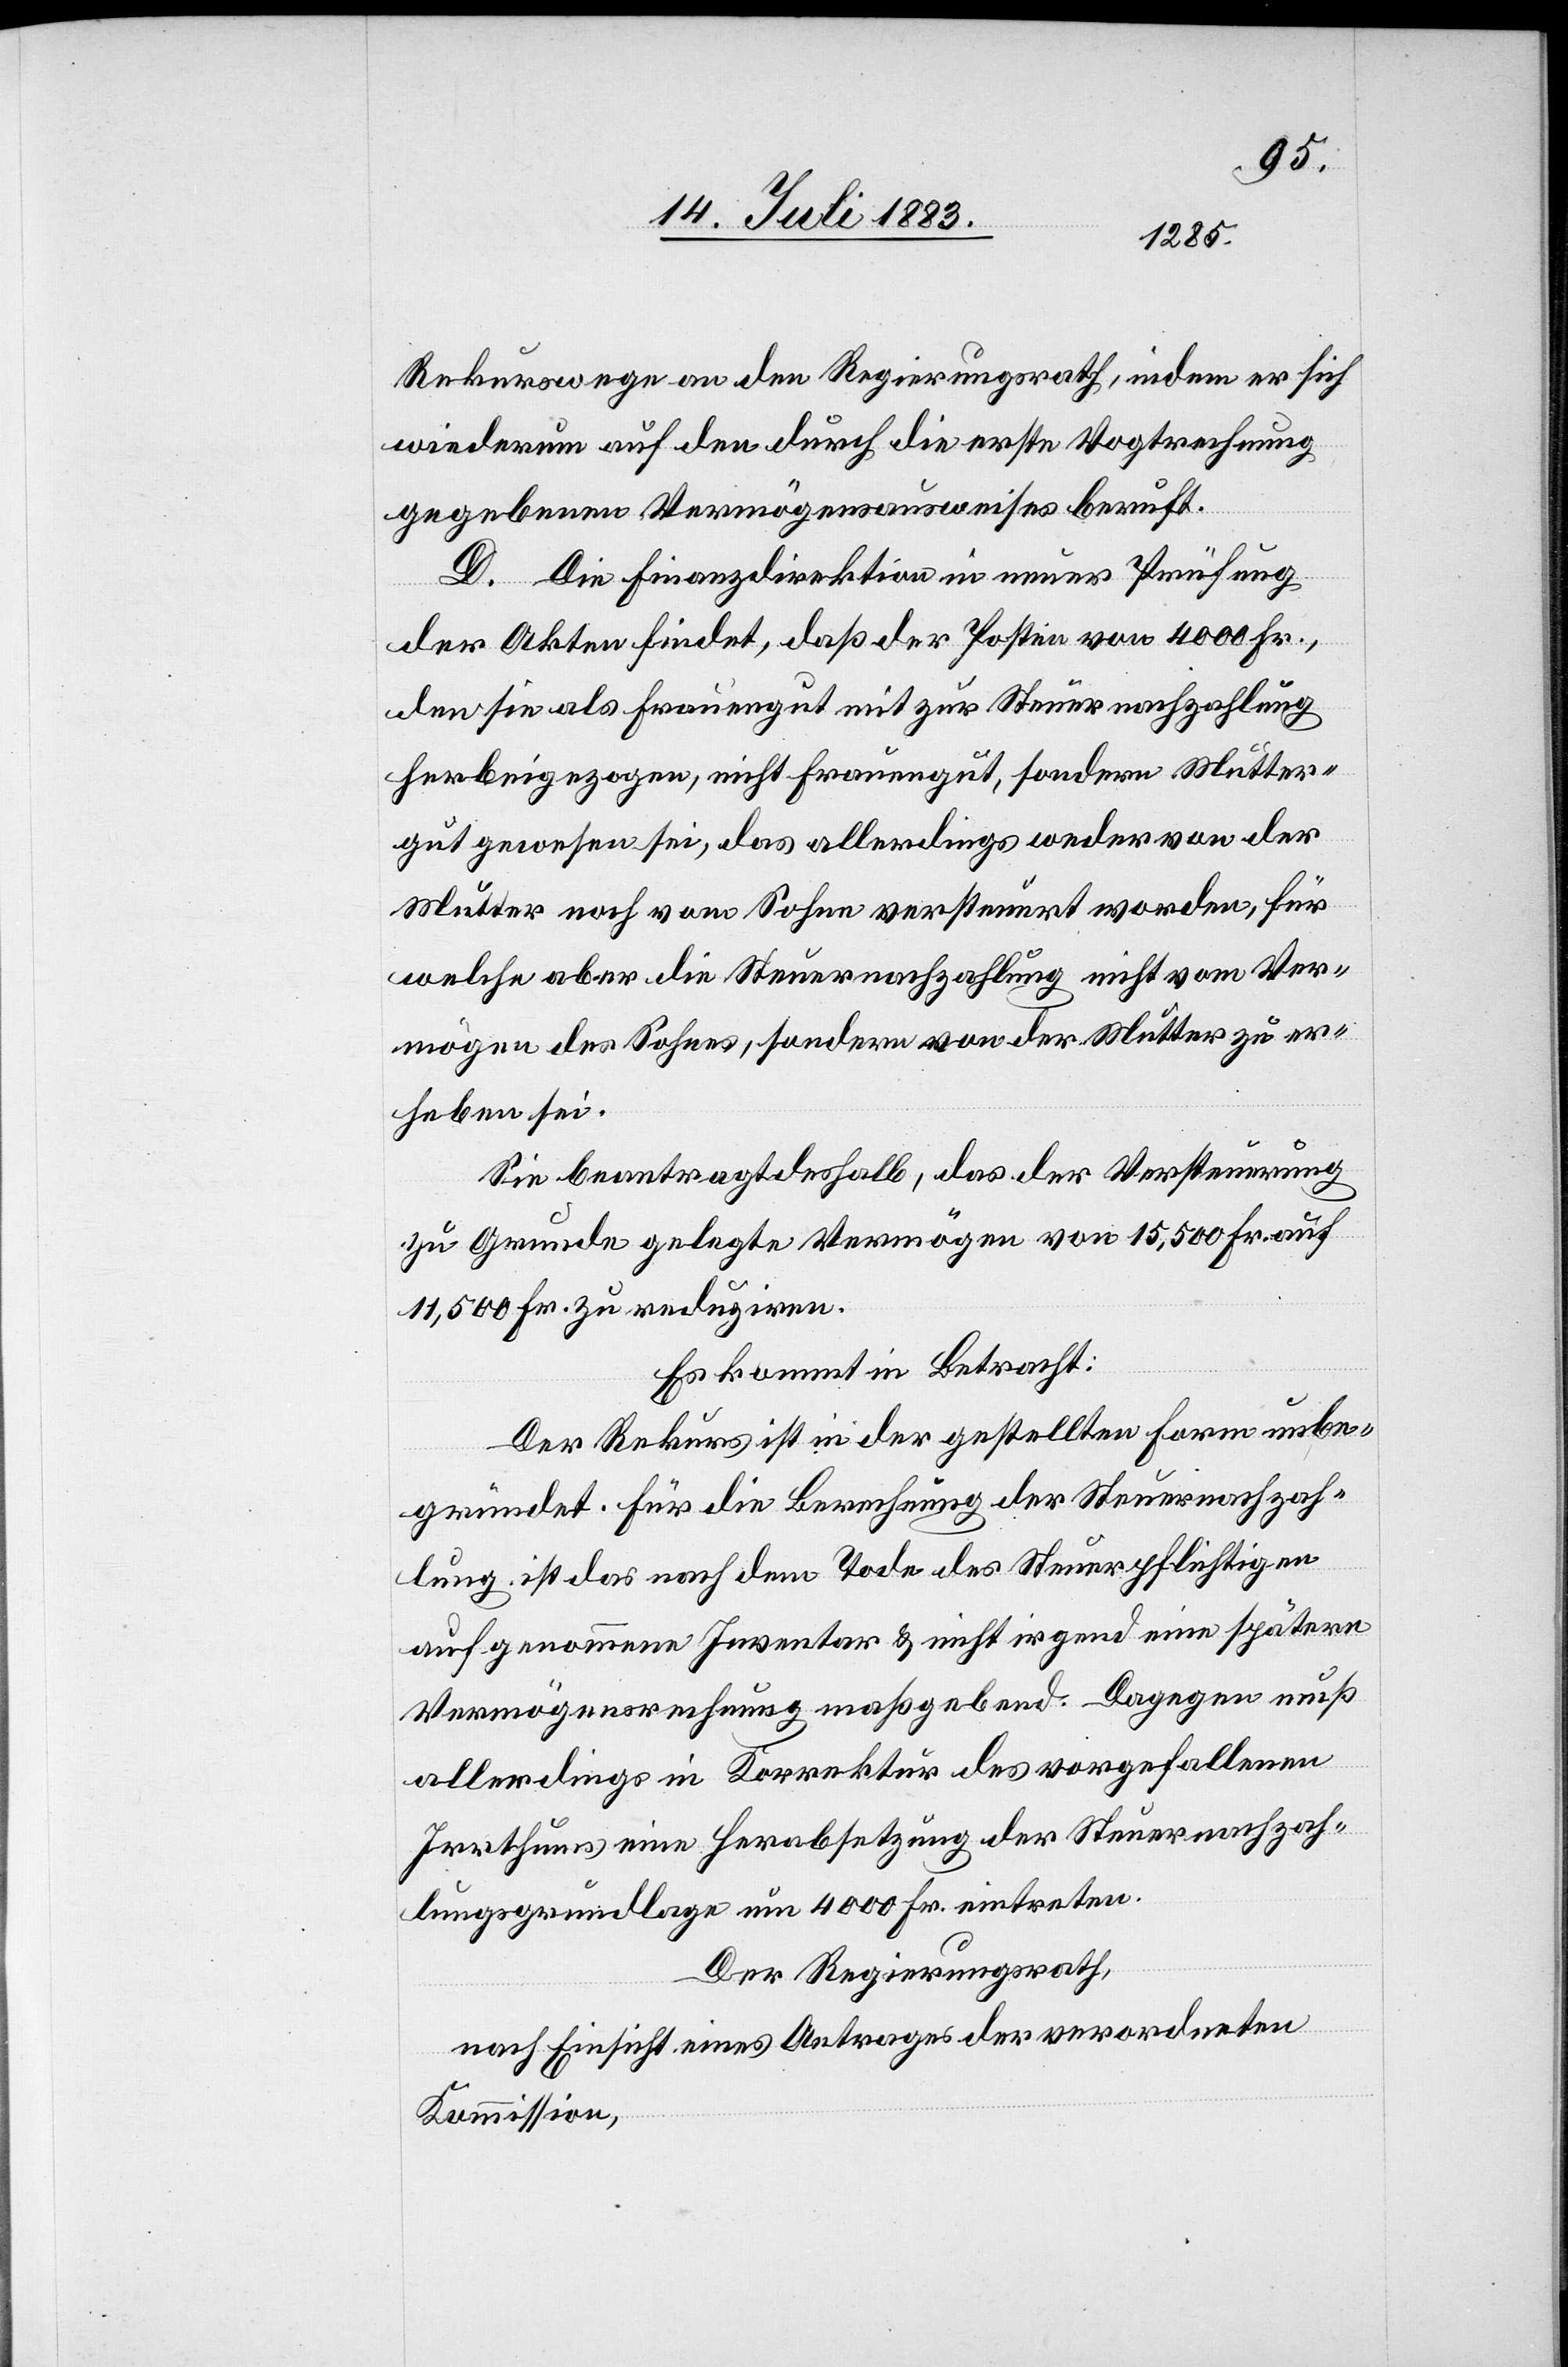
Rekurswege an den Regierungsrath, indem er sich
wiederum auf den durch die erste Vogtrechnung
gegebenen Vermögensausweises [sic!] beruft.
D. Die Finanzdirektion in neuer Prüfung
der Akten findet, daß der Posten von 4000 Fr.
den sie als Frauengut mit zur Steuernachzahlung
herbeigezogen, nicht Frauengut, sondern Mutter¬
gut gewesen sei, das allerdings weder von der
Mutter noch vom Sohne versteuert worden, für
welche aber die Steuernachzahlung nicht vom Ver¬
mögen des Sohnes, sondern von der Mutter zu er¬
heben sei.
Sie beantragt deshalb, das der Versteuerung
zu Grunde gelegte Vermögen von 15,500 Fr. auf
11,500 Fr. zu reduziren.
Es kommt in Betracht:
Der Rekurs ist in der gestellten Form unbe¬
gründet. Für die Berechnung der Steuernachzah¬
lung ist das nach dem Tode des Steuerpflichtigen
aufgenommene Inventar & nicht irgend eine spätere
Vermögensrechnung maßgebend. Dagegen muß
allerdings in Korrektur des vorgefallenen
Irrthums eine Herabsetzung der Steuernachzah¬
lungsgrundlage um 4000 Fr. eintreten.
Der Regierungsrath,
nach Einsicht eines Antrages der verordneten
Kommission,